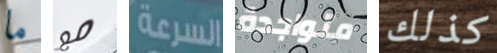
ما مع السرعة متواجدة كذلك